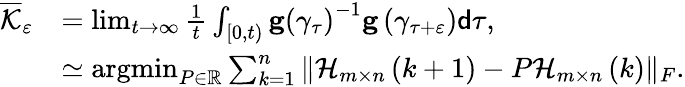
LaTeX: \begin{array}{rl}{\overline{{\mathcal{K}}}_{\varepsilon}}&{=\operatorname*{lim}_{t\rightarrow\infty}\frac{1}{t}\int_{\left[0,t\right)}\mathbf{g}\left(\gamma_{\tau}\right)^{-1}\mathbf{g}\left(\gamma_{\tau+\varepsilon}\right)\mathsf{d}\tau,}\\ &{\simeq\operatorname*{argmin}_{P\in\mathbb{R}}\sum_{k=1}^{n}\Vert\mathcal{H}_{m\times n}\left(k+1\right)-P\mathcal{H}_{m\times n}\left(k\right)\Vert_{F}.}\end{array}